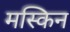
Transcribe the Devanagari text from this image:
मस्किन